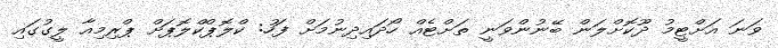
ވަނަ އަށްޓީމު ދޫކޮށްލަން ބޭނުންވަނީ ތަށްޓެއް ހޯދައިދިނުމަށް ފަހު: ކްލޮޕްކްލޮޕަށް ޕްރިމިއާ ލީގުގައި